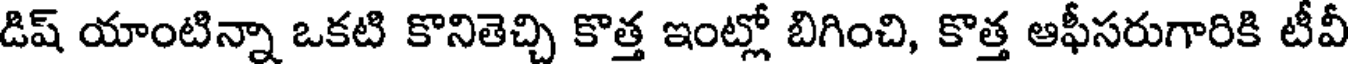
డిష్ యాంటిన్నా ఒకటి కొనితెచ్చి కొత్త ఇంట్లో బిగించి, కొత్త ఆఫీసరుగారికి టీవీ